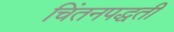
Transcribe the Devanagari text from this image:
चिंतनपद्धती